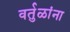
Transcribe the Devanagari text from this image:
वर्तुळांना